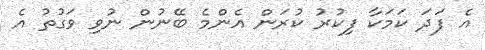
އެ ފަދަ ކަމަކާ ފިކުރު ކުރަން އެންމެ ބޭނުން ނުވި ވަގުތު އެ